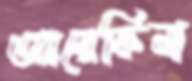
আরেফিনা